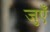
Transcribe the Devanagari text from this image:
जुएँ